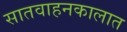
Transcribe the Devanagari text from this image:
सातवाहनकालात